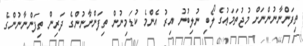
ތިފަންނާނުންނަށް މުޖުތަމަޢުގެ ލޯބި ނުލިބުނު އިރު އެންމެ ކުޑަމިނުން ތިފަންނާނުންގެ ދަރިން ތިފަންނާނުންގެ